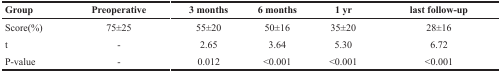
| Group | Preoperative | 3 months | 6 months | 1 yr | last follow-up |
 | --- | --- | --- | --- | --- | --- |
 | Score(%) | 75±25 | 55±20 | 50±16 | 35±20 | 28±16 |
 | t | - | 2.65 | 3.64 | 5.30 | 6.72 |
 | P-value | - | 0.012 | <0.001 | <0.001 | <0.001 |